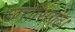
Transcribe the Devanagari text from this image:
छत्तीसगढ़।